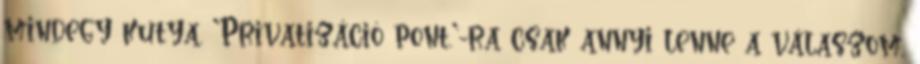
mindegy kutya. 'Privatizáció pont.'-ra csak annyi lenne a válaszom,